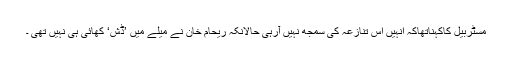
مسٹربیل کاکہناتھاکہ اُنہیں اس تنازعہ کی سمجھ نہیں آرہی حالانکہ ریحام خان نے میلے میں ’ڈش‘ کھائی ہی نہیں تھی ۔